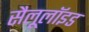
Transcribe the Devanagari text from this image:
सैलूलॉइड